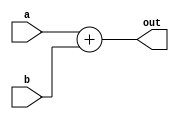
module adder (
input [15:0] a, b,
output [15:0] out
);

assign out = a+b;

endmodule